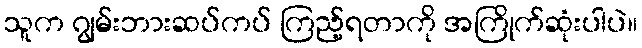
သူက ဂျွမ်းဘားဆပ်ကပ် ကြည့်ရတာကို အကြိုက်ဆုံးပါပဲ။